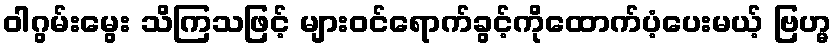
ဝါဂွမ်းမွေး သိကြသဖြင့် များဝင်ရောက်ခွင့်ကိုထောက်ပံ့ပေးမယ့် ဗြဟ္မ